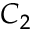
C _ { 2 }